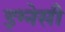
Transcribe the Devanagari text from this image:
इग्नेसी